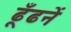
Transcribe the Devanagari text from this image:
ढूँढनें